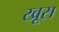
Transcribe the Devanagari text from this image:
खूस